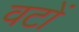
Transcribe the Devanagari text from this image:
वटों